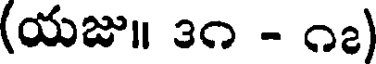
(యజు॥ ౩౧ - ౧౭)